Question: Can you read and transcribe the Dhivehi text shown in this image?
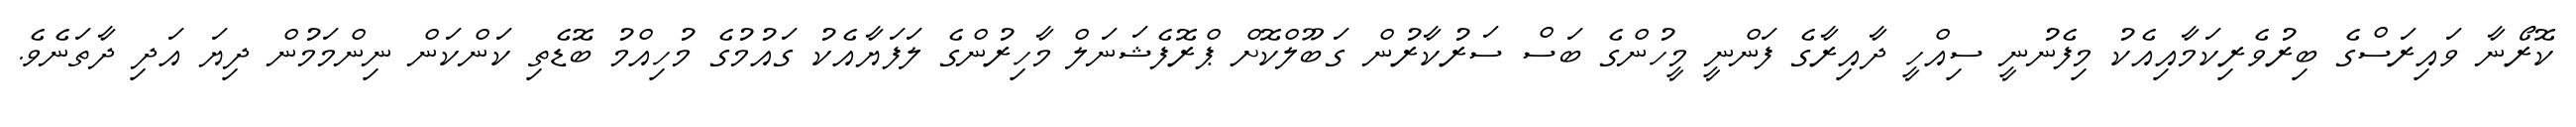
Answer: ކޮރޯނާ ވައިރަސްގެ ބިރުވެރިކަމާއިއެކު މިފެނުނީ ސިއްހީ ދާއިރާގެ ފަންނީ މީހުންގެ ބަސް ސަރުކާރުން ގަބޫލްކޮށް ޕްރޮފެޝަނަލް މާހިރުންގެ ލަފަޔާއެކު ގައުމުގެ މުހިއްމު ބޮޑެތި ކަންކަން ނިންމަމުން ދިޔަ އަދި ދާތަނެވެ.